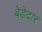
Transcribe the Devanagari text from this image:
बेड़ेदार